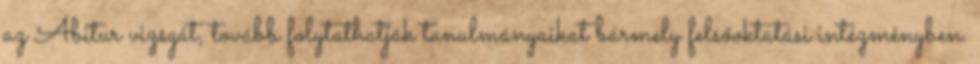
az Abitur vizsgát, tovább folytathatják tanulmányaikat bármely felsőoktatási intézményben.